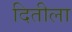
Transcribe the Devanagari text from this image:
दितीला